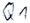
Text: Q1